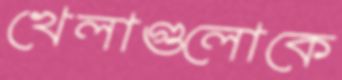
খেলাগুলোকে